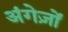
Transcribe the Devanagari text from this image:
अंगेज़ों